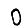
Digit: 0